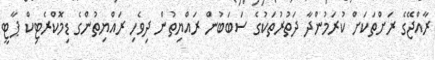
ރާއްޖޭގެ ރަށްތަކަށް ކުރަމުންދާ ދަތުރުތަކުގެ ސަބަބުން ރައްޔިތުން ދިވެހި ރައްޔިތުންގެ ޑިމޮކްރެޓިކް ޕާޓީ